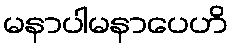
မနာပါမနာပေဟိ